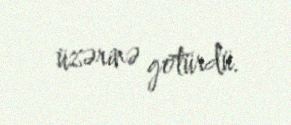
üzərinə götürdü.